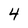
Character: 4